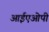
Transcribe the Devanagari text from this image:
आईएओपी